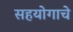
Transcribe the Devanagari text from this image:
सहयोगाचे